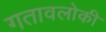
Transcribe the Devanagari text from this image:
गतावलोकी